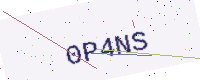
Text: 0P4NS